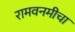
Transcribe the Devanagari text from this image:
रामवनमीचा